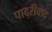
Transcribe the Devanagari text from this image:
पादरीवाद